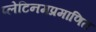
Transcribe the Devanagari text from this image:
प्लेटिनमप्रमाणित